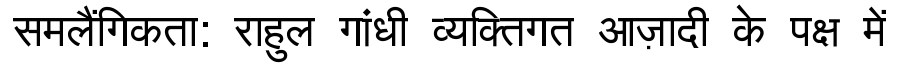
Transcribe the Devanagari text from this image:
समलैंगिकता: राहुल गांधी व्यक्तिगत आज़ादी के पक्ष में